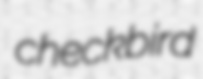
checkbird